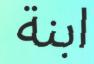
ابنة